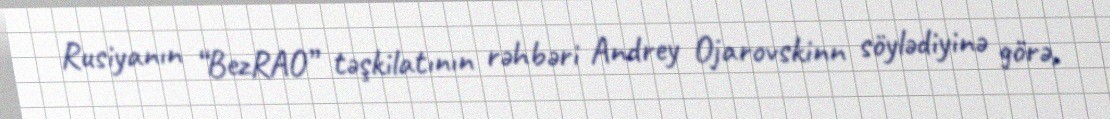
Rusiyanın “BezRAO” təşkilatının rəhbəri Andrey Ojarovskinn söylədiyinə görə,